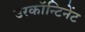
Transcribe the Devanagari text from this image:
उरकॉन्टिनेंट